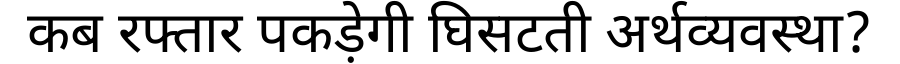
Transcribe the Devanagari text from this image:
कब रफ्तार पकड़ेगी घिसटती अर्थव्यवस्था?